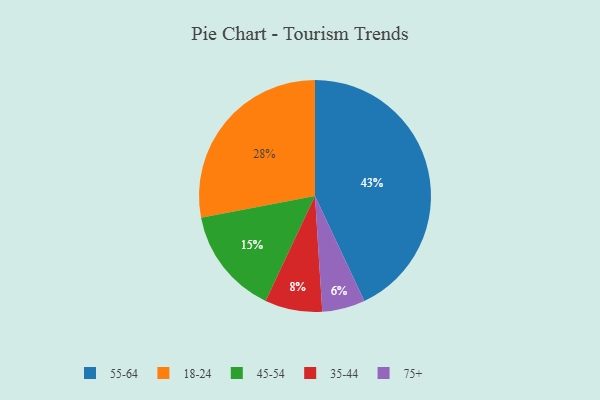
{"axis": {"x": "Category", "y": "Percentage"}, "legend": ["18-24", "35-44", "45-54", "55-64", "75+"], "data": [{"x": "35-44", "y": 8, "type": "35-44"}, {"x": "55-64", "y": 43, "type": "55-64"}, {"x": "75+", "y": 6, "type": "75+"}, {"x": "18-24", "y": 28, "type": "18-24"}, {"x": "45-54", "y": 15, "type": "45-54"}]}